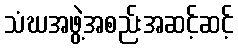
သံဃအဖွဲ့အစည်းအဆင့်ဆင့်